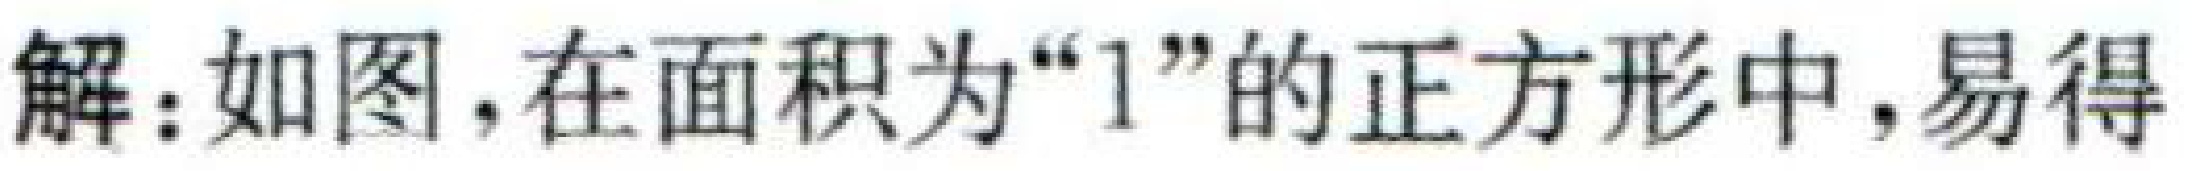
解：如图，在面积为“1”的正方形中，易得